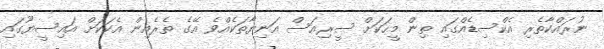
ނުރައްކާތެރި އެކްސިޑެއްގައި ތިން މީހަކަށް ސީރިއަސް އަނިޔާތަކެއްވެ އޭގެ ތެރެއިން އެކަކަށް އައިސީޔޫގައި